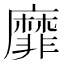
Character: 靡